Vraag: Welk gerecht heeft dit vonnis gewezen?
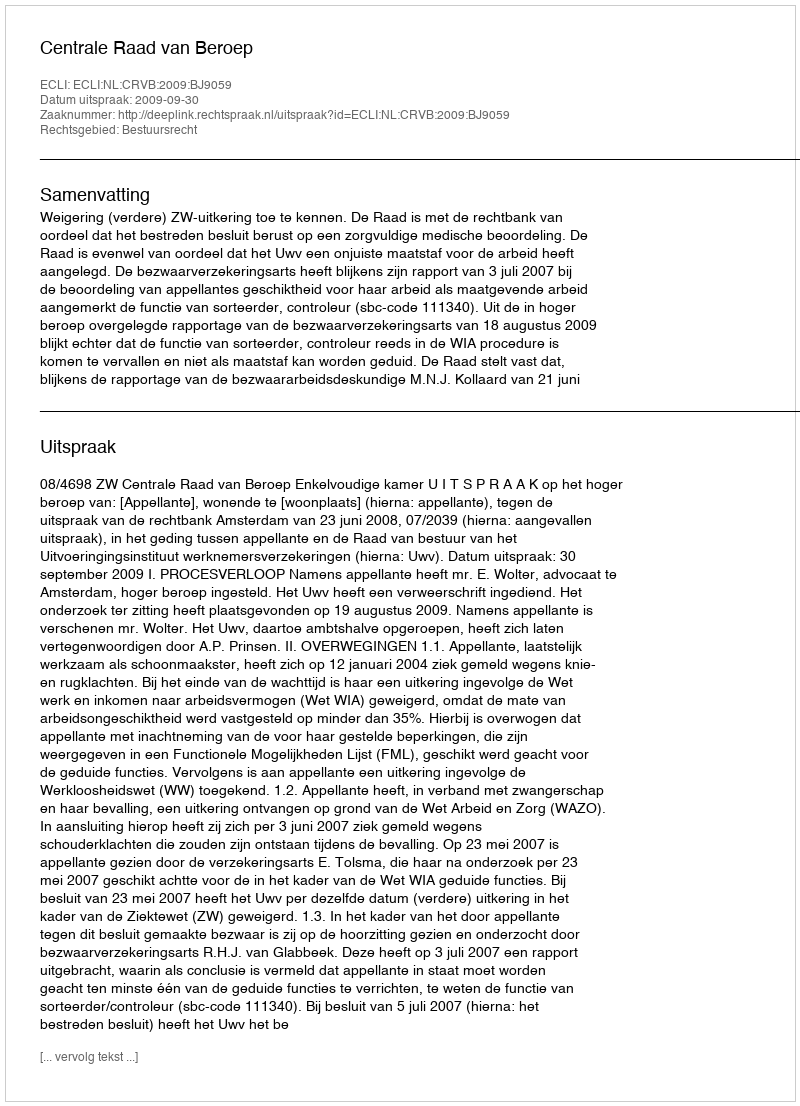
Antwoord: Centrale Raad van Beroep